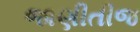
જાણીતીજ